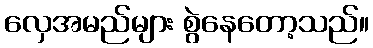
လှေအမည်များ စွဲနေတော့သည်။